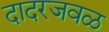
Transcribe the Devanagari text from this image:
दादरजवळ